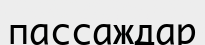
пассаждар